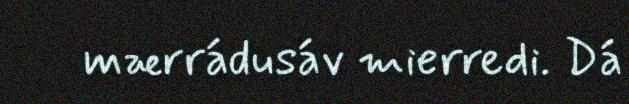
mærrádusáv mierredi. Dá